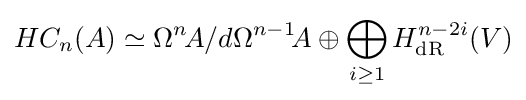
HC_{n}(A)\simeq \Omega ^{n}\!A/d\Omega ^{n-1}\!A\oplus \bigoplus _{i\geq 1}H_{\text{dR}}^{n-2i}(V)